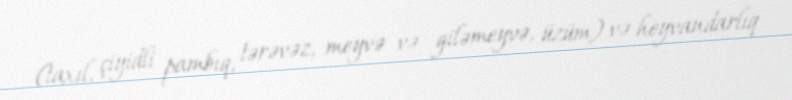
(taxıl, çiyidli pambıq, tərəvəz, meyvə və giləmeyvə, üzüm) və heyvandarlıq